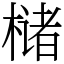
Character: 槠